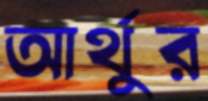
আর্থুর